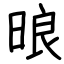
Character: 㫰